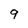
Character: 9